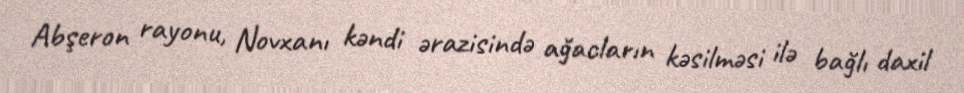
Abşeron rayonu, Novxanı kəndi ərazisində ağacların kəsilməsi ilə bağlı daxil